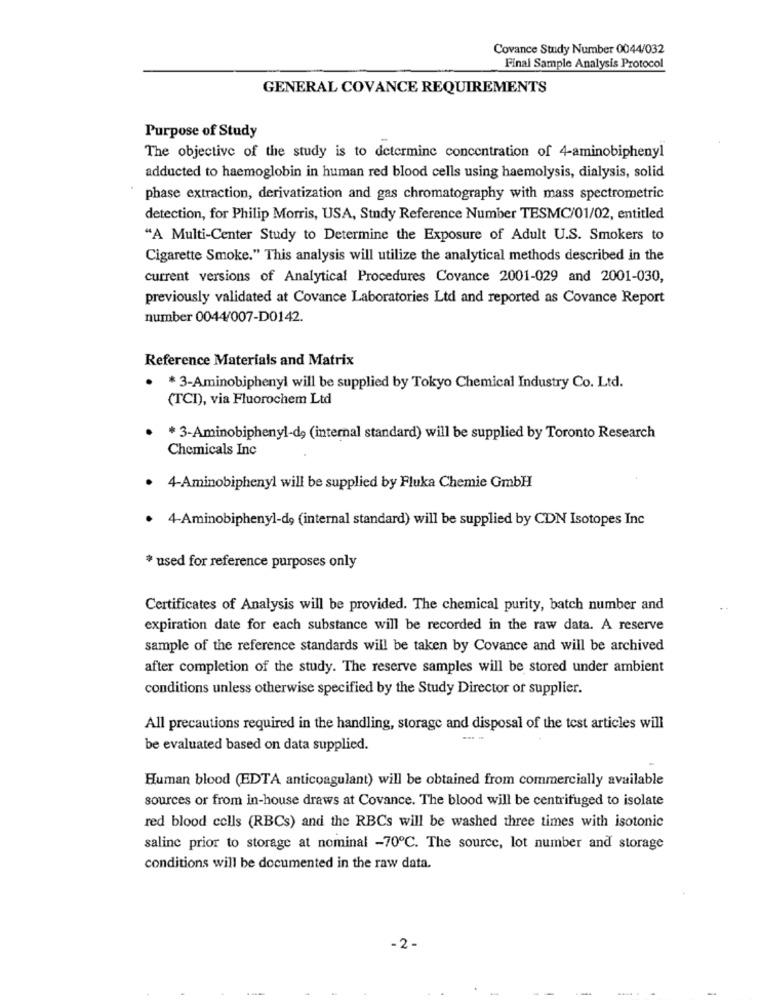
Covance Study Number 0044/032
Final Sample Analysis Protocol
GENERAL COVANCE REQUIREMENTS
Purpose of Study
The objective of the study is to determine concentration of 4-aminobiphenyl
adducted to haemoglobin in human red blood cells using haemolysis, dialysis, solid
phase extraction, derivatization and gas chromatography with mass spectrometric
detection, for Philip Morris, USA, Study Reference Number TESMC/01/02, entitled
"A Multi-Center Study to Determine the Exposure of Adult U.S. Smokers to
Cigarette Smoke." This analysis will utilize the analytical methods described in the
current versions of Analytical Procedures Covance 2001-029 and 2001-030,
previously validated at Covance Laboratories Ltd and reported as Covance Report
number 0044/007-D0142.
Reference Materials and Matrix
* 3-Aminobiphenyl will be supplied by Tokyo Chemical Industry Co. Ltd.
(TCI), via Fluorochem Ltd
* 3-Aminobiphenyl-do (internal standard) will be supplied by Toronto Research
Chemicals Inc
4-Aminobiphenyl will be supplied by Fluka Chemie GmbH
4-Aminobiphenyl-de (internal standard) will be supplied by CDN Isotopes Inc
* used for reference purposes only
Certificates of Analysis will be provided. The chemical purity, batch number and
expiration date for each substance will be recorded in the raw data. A reserve
sample of the reference standards will be taken by Covance and will be archived
after completion of the study. The reserve samples will be stored under ambient
conditions unless otherwise specified by the Study Director or supplier.
All precautions required in the handling, storage and disposal of the test articles will
be evaluated based on data supplied.
Human blood (EDTA anticoagulant) will be obtained from commercially available
sources or from in-house draws at Covance. The blood will be centrifuged to isolate
red blood cells (RBCs) and the RBCs will be washed three times with isotonic
saline prior to storage at nominal -70℃. The source, lot number and storage
conditions will be documented in the raw data.
-2 -
-